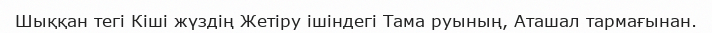
Шыққан тегі Кіші жүздің Жетіру ішіндегі Тама руының, Аташал тармағынан.